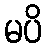
မပိ